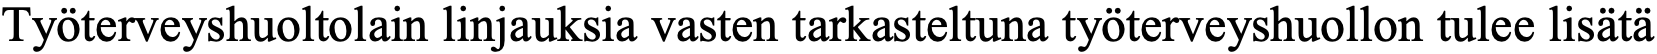
Työterveyshuoltolain linjauksia vasten tarkasteltuna työterveyshuollon tulee lisätä